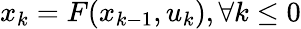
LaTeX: x_{k}=F(x_{k-1},u_{k}),\forall k\leq 0